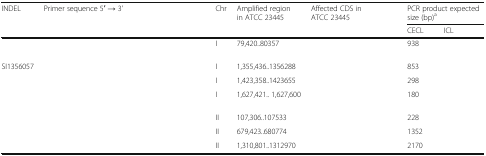
<table><thead><tr><td rowspan="2"><b>INDEL</b></td><td colspan="2" rowspan="2"><b>Primer sequence 5′ → 3’</b></td><td rowspan="2"><b>Chr</b></td><td rowspan="2"><b>Amplified region in ATCC 23445</b></td><td rowspan="2"><b>Affected CDS in ATCC 23445</b></td><td colspan="2"><b>PCR product expected size (bp)<sup>a</sup></b></td></tr><tr><td><b>CECL</b></td><td><b>ICL</b></td></tr></thead><tbody><tr><td>[EMPTY_CELL]</td><td>[EMPTY_CELL]</td><td>[EMPTY_CELL]</td><td>I</td><td>79,420..80357</td><td>[EMPTY_CELL]</td><td>938</td><td>[EMPTY_CELL]</td></tr><tr><td>SI1356057</td><td>[EMPTY_CELL]</td><td>[EMPTY_CELL]</td><td>I</td><td>1,355,436..1356288</td><td>[EMPTY_CELL]</td><td>853</td><td>[EMPTY_CELL]</td></tr><tr><td>[EMPTY_CELL]</td><td>[EMPTY_CELL]</td><td>[EMPTY_CELL]</td><td>I</td><td>1,423,358..1423655</td><td>[EMPTY_CELL]</td><td>298</td><td>[EMPTY_CELL]</td></tr><tr><td>[EMPTY_CELL]</td><td>[EMPTY_CELL]</td><td>[EMPTY_CELL]</td><td>I</td><td>1,627,421.. 1,627,600</td><td>[EMPTY_CELL]</td><td>180</td><td>[EMPTY_CELL]</td></tr><tr><td>[EMPTY_CELL]</td><td>[EMPTY_CELL]</td><td>[EMPTY_CELL]</td><td>II</td><td>107,306..107533</td><td>[EMPTY_CELL]</td><td>228</td><td>[EMPTY_CELL]</td></tr><tr><td>[EMPTY_CELL]</td><td>[EMPTY_CELL]</td><td>[EMPTY_CELL]</td><td>II</td><td>679,423..680774</td><td>[EMPTY_CELL]</td><td>1352</td><td>[EMPTY_CELL]</td></tr><tr><td>[EMPTY_CELL]</td><td>[EMPTY_CELL]</td><td>[EMPTY_CELL]</td><td>II</td><td>1,310,801..1312970</td><td>[EMPTY_CELL]</td><td>2170</td><td>[EMPTY_CELL]</td></tr></tbody></table>